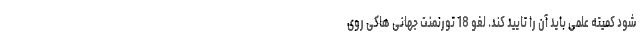
شود کمیته علمی باید آن را تایید کند. لغو 18 تورنمنت جهانی هاکی روی